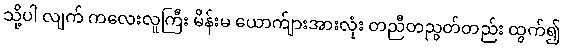
သို့ပါ လျက် ကလေးလူကြီး မိန်းမ ယောက်ျားအားလုံး တညီတညွတ်တည်း ထွက်၍